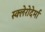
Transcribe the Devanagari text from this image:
स्क्लेरोदेर्मा